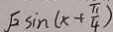
\sqrt { 2 } \sin ( x + \frac { \pi } { 4 } )